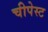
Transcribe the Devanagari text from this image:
चीपेस्ट